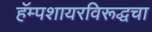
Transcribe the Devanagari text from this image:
हॅम्पशायरविरूद्धचा